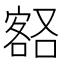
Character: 𡪞